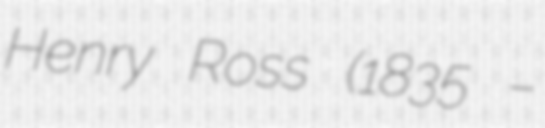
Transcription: Henry Ross (1835 –